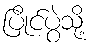
ပြိုင်ပွဲသို့